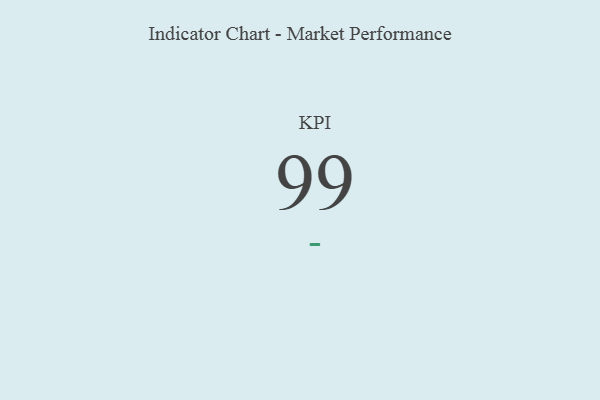
{"axis": {"x": "KPI", "y": "Value"}, "legend": [""], "data": [{"x": "KPI", "y": 99, "type": ""}]}